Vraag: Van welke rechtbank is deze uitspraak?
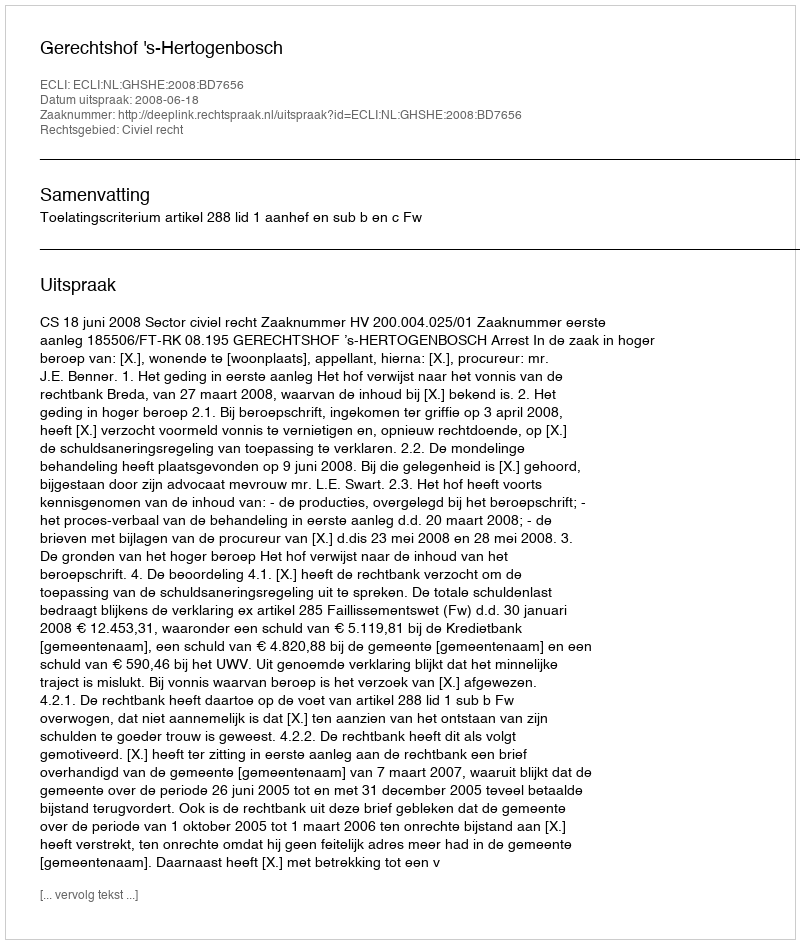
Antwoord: Gerechtshof 's-Hertogenbosch